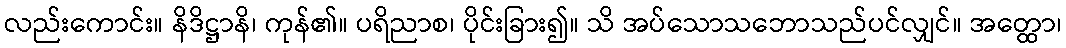
လည်းကောင်း။ နိဒိဋ္ဌာနိ၊ ကုန်၏။ ပရိညာစ၊ ပိုင်းခြား၍။ သိ အပ်သောသဘောသည်ပင်လျှင်။ အတ္ထော၊